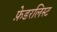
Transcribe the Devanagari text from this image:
फ़ेडरलिस्ट